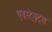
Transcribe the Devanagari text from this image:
एबस्ट्रैक्ट्स